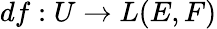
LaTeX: df:U\to L(E,F)